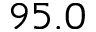
9 5 . 0